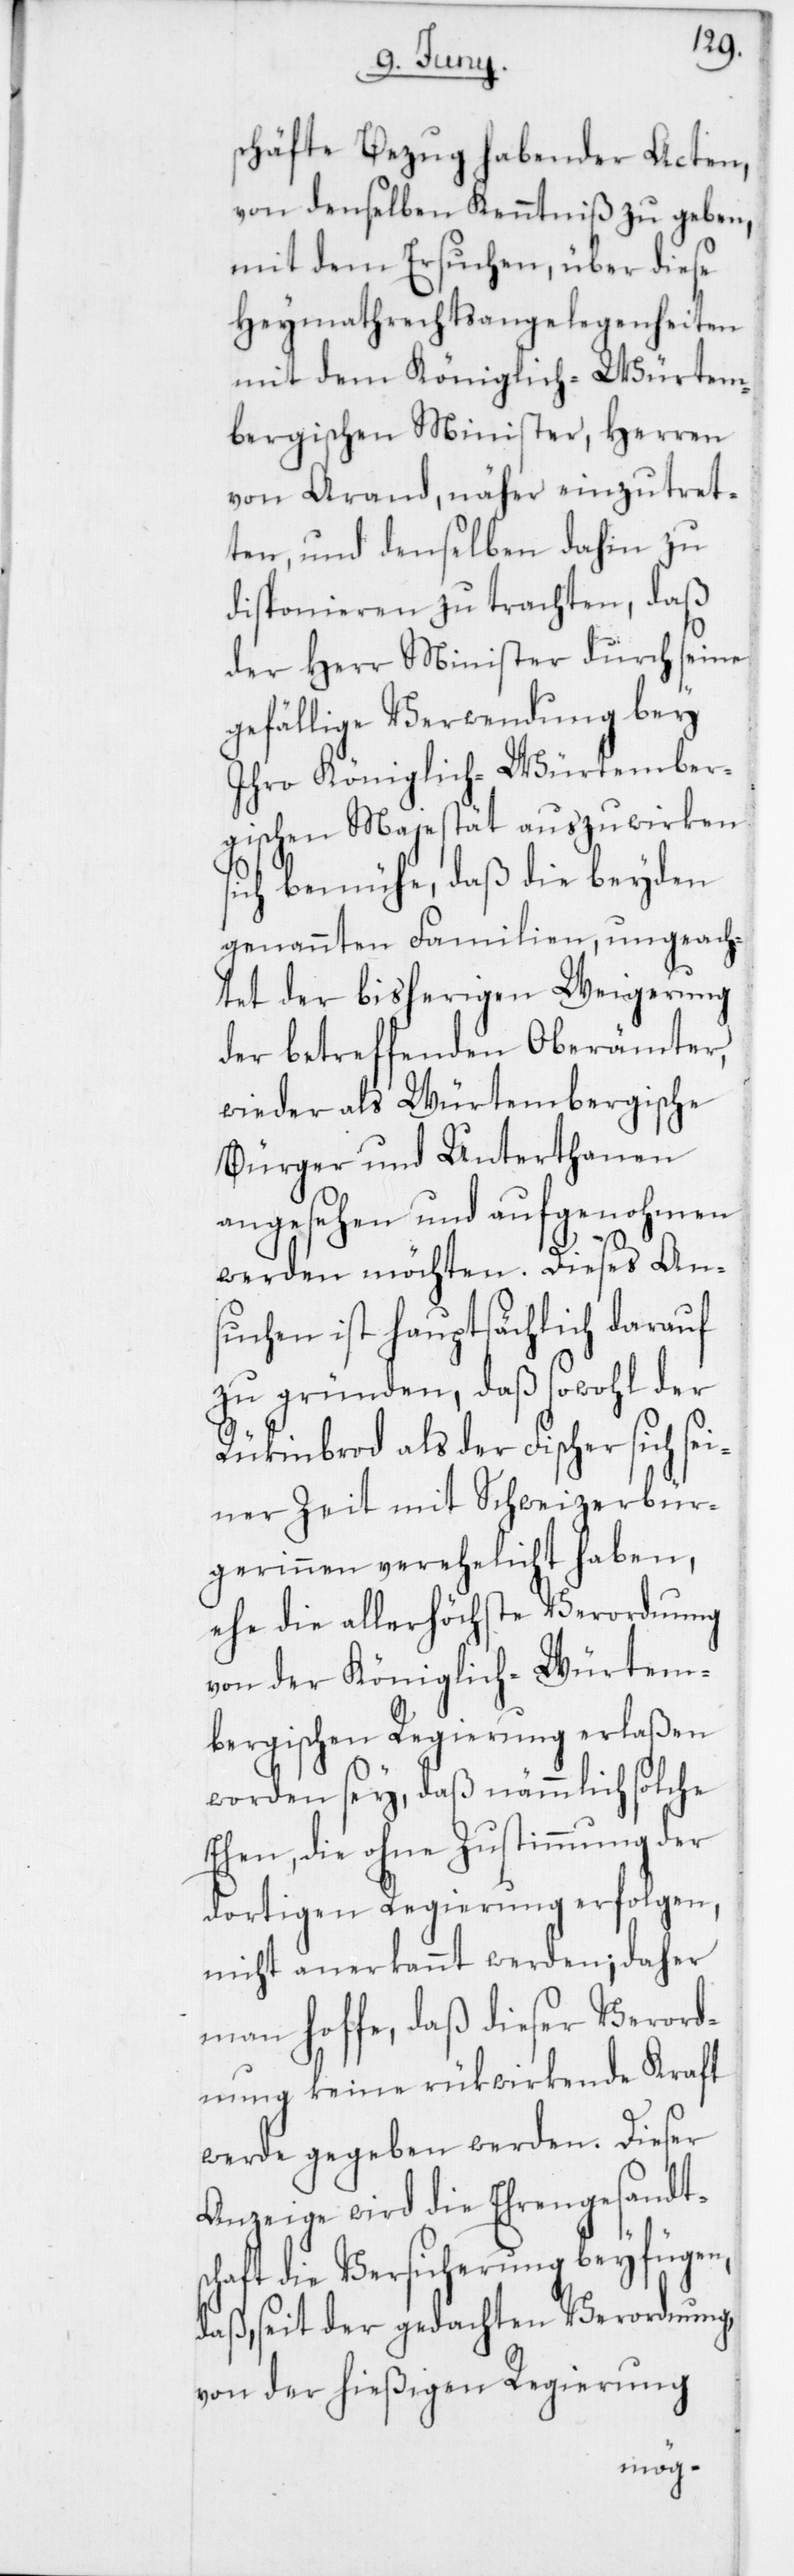
schäfte Bezug habenden Acten,
von denselben Kenntniß zu geben,
mit dem Ersuchen, über diese
Heymathrechtsangelegenheiten
mit dem Königlich-Würtem¬
bergischen Minister, Herren
von Arand, näher einzutret¬
ten, und denselben dahin zu
disponieren zu trachten, daß
der Herr Minister durch seine
gefällige Verwendung bey
Ihro Königlich-Würtember¬
gischen Majestät auszuwirken
sich bemühe, daß die beyden
genannten Familien, ungeach¬
tet der bisherigen Weigerung
der betreffenden Oberämter,
wieder als Würtembergische
Bürger und Unterthanen
angesehen und aufgenohmen
werden möchten. Dieses Ans¬
uchen ist hauptsächlich darauf
zu gründen, daß sowohl der
Rükinbrod als der Fischer sich sei¬
ner Zeit mit Schweizerbür¬
gerinnen verehelicht haben,
ehe die allerhöchste Verordnung
von der Königlich-Würtem¬
bergischen Regierung erlaßen
worden sey, daß nämmlich solche
Ehen, die ohne Zustimmung der
dortigen Regierung erfolgen,
nicht anerkannt werden; daher
man hoffe, daß dieser Verord¬
nung keine rükwirkende Kraft
werde gegeben werden. Dieser
Anzeige wird die Ehrengesandts¬
chaft die Versicherung beyfügen,
daß seit der gedachten Verordnung
von der